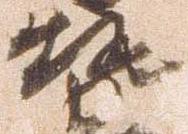
勢